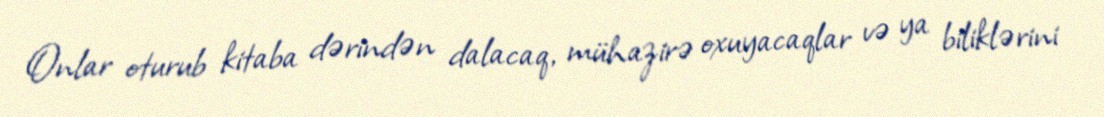
Onlar oturub kitaba dərindən dalacaq, mühazirə oxuyacaqlar və ya biliklərini